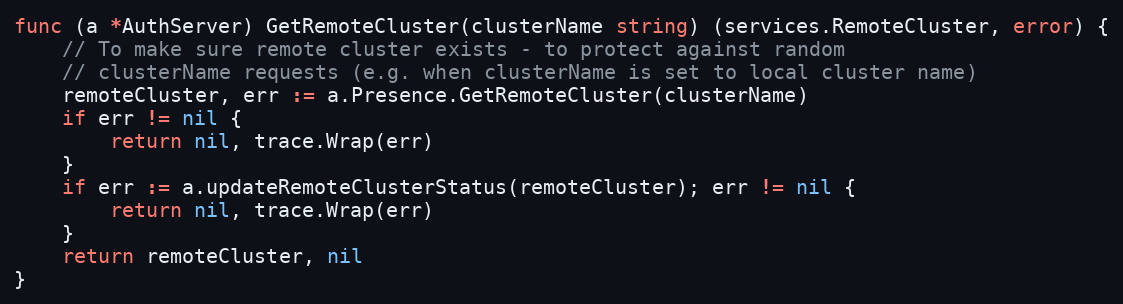
Language: Go
func (a *AuthServer) GetRemoteCluster(clusterName string) (services.RemoteCluster, error) {
	// To make sure remote cluster exists - to protect against random
	// clusterName requests (e.g. when clusterName is set to local cluster name)
	remoteCluster, err := a.Presence.GetRemoteCluster(clusterName)
	if err != nil {
		return nil, trace.Wrap(err)
	}
	if err := a.updateRemoteClusterStatus(remoteCluster); err != nil {
		return nil, trace.Wrap(err)
	}
	return remoteCluster, nil
}